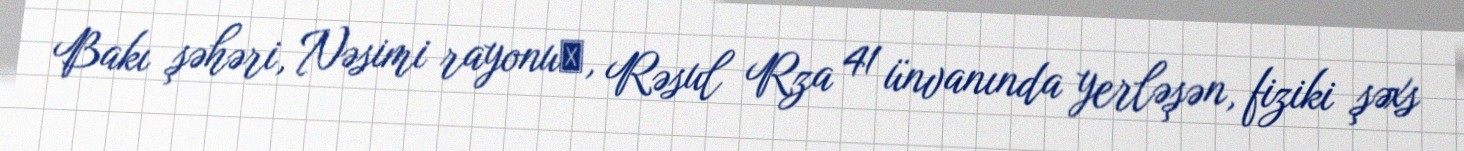
Bakı şəhəri, Nəsimi rayonu‎, Rəsul Rza 41 ünvanında yerləşən, fiziki şəxs